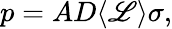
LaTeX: p=AD\langle\mathscr{L}\rangle\sigma,